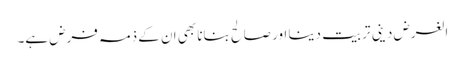
الغرض دینی تربیت دینا اور صالح بنانا بھی ان کے ذمہ فرض ہے۔